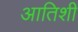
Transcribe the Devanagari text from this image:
आतिशी